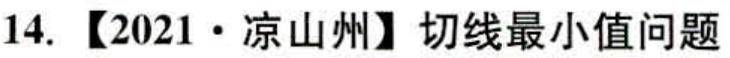
14. 【2021·凉山州】切线最小值问题